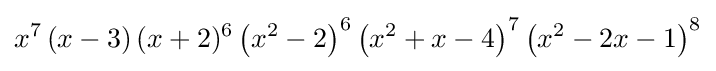
x^{7}\,(x-3)\,(x+2)^{6}\left(x^{2}-2\right)^{6}\left(x^{2}+x-4\right)^{7}\left(x^{2}-2x-1\right)^{8}